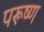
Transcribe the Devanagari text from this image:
परूष्ण